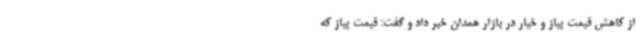
از کاهش قیمت پیاز و خیار در بازار همدان خبر داد و گفت: قیمت پیاز که